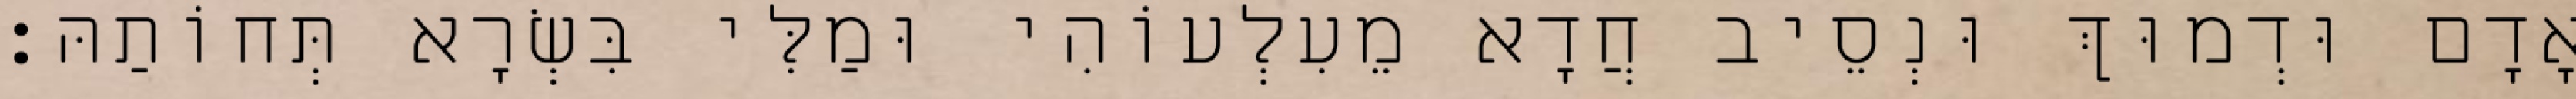
אָדָם וּדְמוּךְ וּנְסֵיב חֲדָא מֵעִלְעוֹהִי וּמַלִּי בִּשְׂרָא תְּחוֹתַהּ׃